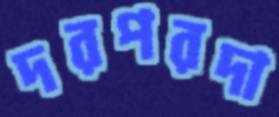
দরপরদা